Indian journal of veterinary science and animal husbandry - Volumes 22-23, 1952-1953
Year: 1952
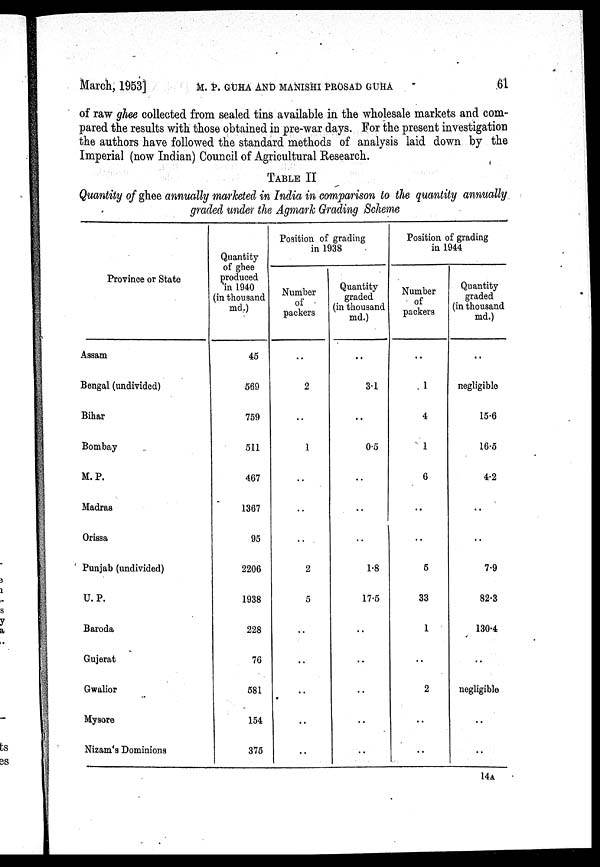
March, 1953]
M. P. GUHA AND MANISHI PROSAD GUHA .61
of raw ghee collected from sealed tins available in the wholesale markets and com-
pared the results with those obtained in pre-war days. For the present investigation
the authors have followed the standard methods of analysis laid down by the
Imperial (now Indian) Council of Agricultural Research.
TABLE II
Quantity of ghee annually marketed in India in comparison to the quantity annually
graded under the Agmark Grading Scheme
Province or State
Assam
Bengal (undivided)
Bihar
Bombay
M. P.
Madras
Orissa
Punjab (undivided)
U.P.
Baroda
Gujerat
Gwalior
Mysore
Nizam's Dominions
Quantity
of ghee
produced
in 1940
(in thousand
md.)
45
569
759
511
467
1367
95
2206
1938
228
76
581
154
375
Position of grading
in 1938
Number
of
packers
..
2
..
1
..
..
..
2
5
..
..
..
..
..
Quantity
graded
(in thousand
md.)
..
3.1
..
0.5
..
..
..
1.8
17.5
..
..
..
..
..
Position of grading
in 1944
Number
of
packers
..
1
4
1
6
..
..
5
33
1
..
2
..
..
Quantity
graded
(in thousand
md.)
..
negligible
15.6
16.5
4.2
..
..
7.9
82.3
130.4
..
negligible
..
..
14A